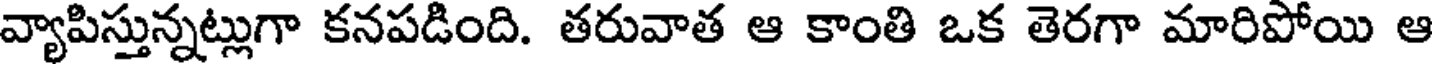
వ్యాపిస్తున్నట్లుగా కనపడింది. తరువాత ఆ కాంతి ఒక తెరగా మారిపోయి ఆ